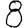
Digit: 8